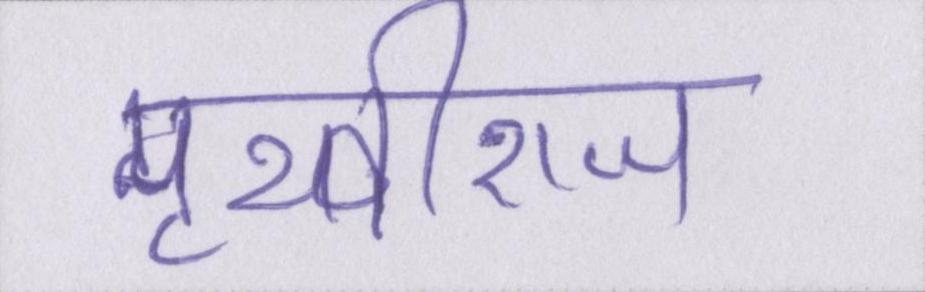
पृथ्वीराज